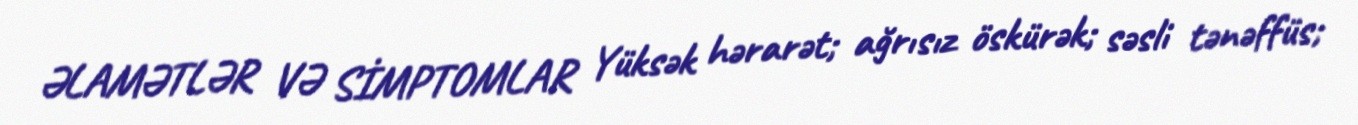
ƏLAMƏTLƏR VƏ SİMPTOMLAR Yüksək hərarət; ağrısız öskürək; səsli tənəffüs;